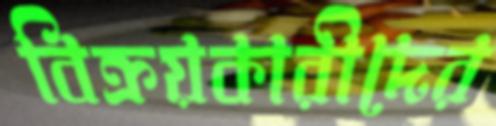
বিক্রয়কারীদের